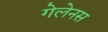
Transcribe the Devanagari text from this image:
गेलेनस